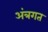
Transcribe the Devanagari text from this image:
अंत्रगत